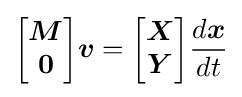
{\begin{bmatrix}{\boldsymbol {M}}\\{\boldsymbol {0}}\end{bmatrix}}{\boldsymbol {v}}={\begin{bmatrix}{\boldsymbol {X}}\\{\boldsymbol {Y}}\end{bmatrix}}{\frac {d{\boldsymbol {x}}}{dt}}